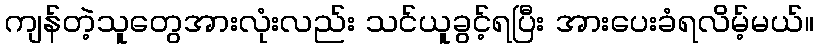
ကျန်တဲ့သူတွေအားလုံးလည်း သင်ယူခွင့်ရပြီး အားပေးခံရလိမ့်မယ်။